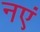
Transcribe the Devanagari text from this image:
नएं